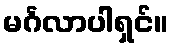
မင်္ဂလာပါရှင်။